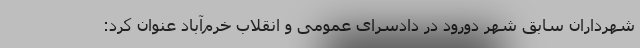
شهرداران سابق شهر دورود در دادسرای عمومی و انقلاب خرم‌آباد عنوان کرد: